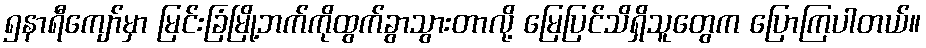
၅နာရီကျော်မှာ မြင်းခြံမြို့ဘက်ကိုထွက်ခွာသွားတာလို့ မြေပြင်သိရှိသူတွေက ပြောကြပါတယ်။